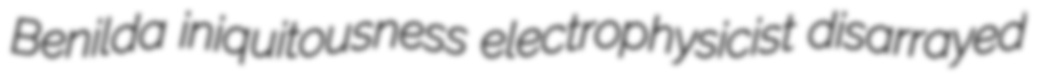
Benilda iniquitousness electrophysicist disarrayed